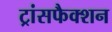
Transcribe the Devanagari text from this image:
ट्रांसफैक्शन